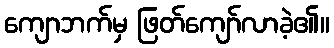
ကျောဘက်မှ ဖြတ်ကျော်လာခဲ့၏။